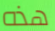
هذه